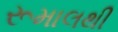
રૂમાલથી